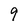
Character: 9